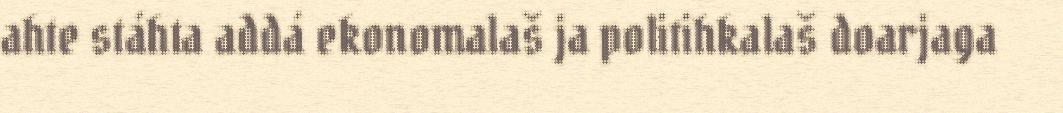
ahte stáhta addá ekonomalaš ja politihkalaš doarjaga